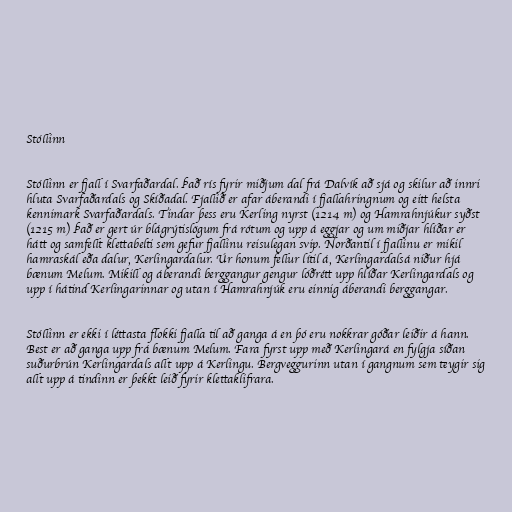
Stóllinn

Stóllinn er fjall í Svarfaðardal. Það rís fyrir miðjum dal frá Dalvík að sjá og skilur að innri
hluta Svarfaðardals og Skíðadal. Fjallið er afar áberandi í fjallahringnum og eitt helsta
kennimark Svarfaðardals. Tindar þess eru Kerling nyrst (1214 m) og Hamrahnjúkur syðst
(1215 m) Það er gert úr blágrýtislögum frá rótum og upp á eggjar og um miðjar hlíðar er
hátt og samfellt klettabelti sem gefur fjallinu reisulegan svip. Norðantil í fjallinu er mikil
hamraskál eða dalur, Kerlingardalur. Úr honum fellur lítil á, Kerlingardalsá niður hjá
bænum Melum. Mikill og áberandi berggangur gengur lóðrétt upp hlíðar Kerlingardals og
upp í hátind Kerlingarinnar og utan í Hamrahnjúk eru einnig áberandi berggangar.

Stóllinn er ekki í léttasta flokki fjalla til að ganga á en þó eru nokkrar góðar leiðir á hann.
Best er að ganga upp frá bænum Melum. Fara fyrst upp með Kerlingará en fylgja síðan
suðurbrún Kerlingardals allt upp á Kerlingu. Bergveggurinn utan í gangnum sem teygir sig
allt upp á tindinn er þekkt leið fyrir klettaklifrara.